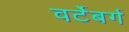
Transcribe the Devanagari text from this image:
वर्टेबर्ग